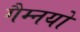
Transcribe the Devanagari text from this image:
गैम्नयो